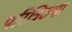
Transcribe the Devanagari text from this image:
परित्रिज्या